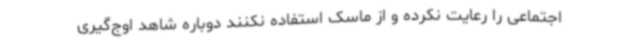
اجتماعی را رعایت نکرده و از ماسک استفاده نکنند دوباره شاهد اوج‌گیری